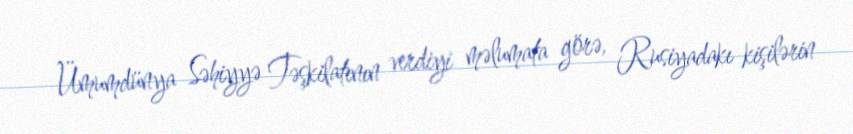
Ümumdünya Səhiyyə Təşkilatının verdiyi məlumata görə, Rusiyadakı kişilərin